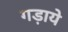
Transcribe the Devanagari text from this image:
गड़ाये